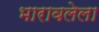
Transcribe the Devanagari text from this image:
भारावलेला